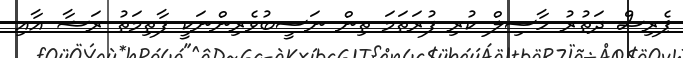
ޕެރިސް ދަތުރު ހާސިލް ކުރި ފުރަތަމަ ތިން ނަސީބުވެރިންނަކީ ފާތިމަތު ރަޝާ އާއި